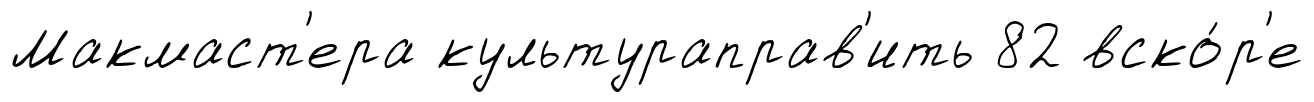
Макмаст'ера культураправ'ить 82 вско́р'е